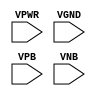
module sky130_fd_sc_hs__fill (
    VPWR,
    VGND,
    VPB ,
    VNB
);

    // Module ports
    input VPWR;
    input VGND;
    input VPB ;
    input VNB ;
     // No contents.
endmodule